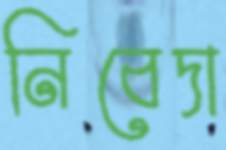
নিবেদা